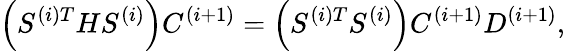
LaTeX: \left(S^{(i)T}HS^{(i)}\right)C^{(i+1)}=\left(S^{(i)T}S^{(i)}\right)C^{(i+1)}D^{(i+1)},